Leaving Certificate Examination (including Day School Certificate (Higher) General paper), 1939
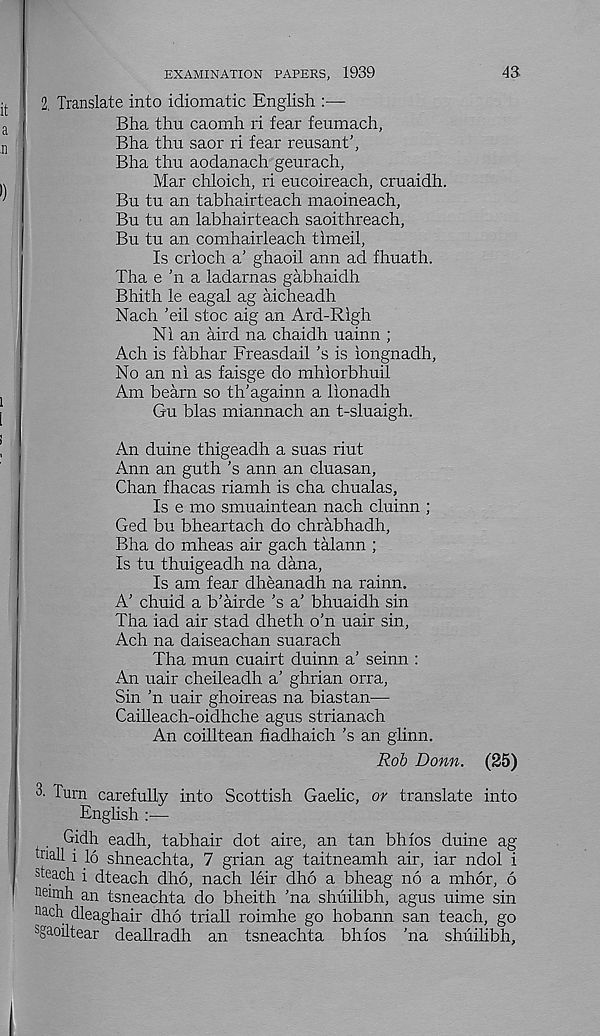
4a
EXAMINATION PAPERS, 1939
2, Translate into idiomatic English
Bha thu caomh ri fear feumach,
Bha thu saor ri fear reusant’,
Bha thu aodanach geurach,
Mar chloich, ri eucoireach, cruaidh.
Bu tu an tabhairteach maoineach,
Bu tu an labhairteach saoithreach,
Bu tu an comhairleach timeil,
Is crloch a' ghaoil ann ad fhuath.
Tha e ’n a ladarnas gabhaidh
Bhith le eagal ag aicheadh
Nach 'eil stoc aig an Ard-Rlgh
Ni an aird na chaidh uainn ;
Ach is fabhar Freasdail’s is iongnadh.
No an ni as faisge do mhiorbhuil
Am beam so th’againn a lionadh
Gu bias miannach an t-sluaigh.
An duine thigeadh a suas riut
Ann an guth ’s ann an cluasan,
Chan fhacas riamh is cha chualas,
Is e mo smuaintean nach cluinn ;
Ged bu bheartach do chrabhadh,
Bha do mheas air gach talann ;
Is tu thuigeadh na dana,
Is am fear dheanadh na rainn.
A' chuid a b'airde’s a’ bhuaidh sin
Tha iad air stad dheth o’n uair sin,
Ach na daiseachan suarach
Tha mun cuairt duinn a’ seinn :
An uair cheileadh a’ ghrian orra,
Sin ’n uair ghoireas na biastan—
Cailleach-oidhche agus strianach
An coilltean fiadhaich ’s an glinn.
Rob Bonn. (25)
3. Turn carefully into Scottish Gaelic, or translate into
English :—
. Gidh eadh, tabhair dot aire, an tan bhfos duine ag
hiall i 16 shneachta, 7 grian ag taitneamh air, iar ndol i
steach i dteach dho, nach leir dho a bheag no a mhor, 6
I neimh an tsneachta do bheith 'na shuilibh, agus uime sin
nach dleaghair dho triall roimhe go hobann san teach, go
s ga,oiltear deallradh an tsneachta bhios ’na shuilibh.